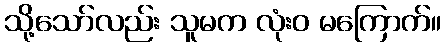
သို့သော်လည်း သူမက လုံးဝ မကြောက်။